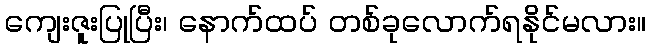
ကျေးဇူးပြုပြီး၊ နောက်ထပ် တစ်ခုလောက်ရနိုင်မလား။